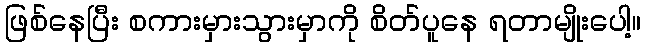
ဖြစ်နေပြီး စကားမှားသွားမှာကို စိတ်ပူနေ ရတာမျိုးပေါ့။